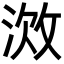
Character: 𫾷